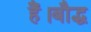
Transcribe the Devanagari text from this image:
हैं।बौद्ध